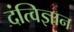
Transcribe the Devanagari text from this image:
दंत्विज्ञान